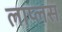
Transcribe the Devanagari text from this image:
लाप्लस